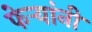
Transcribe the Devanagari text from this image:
फेऱ्यांनी